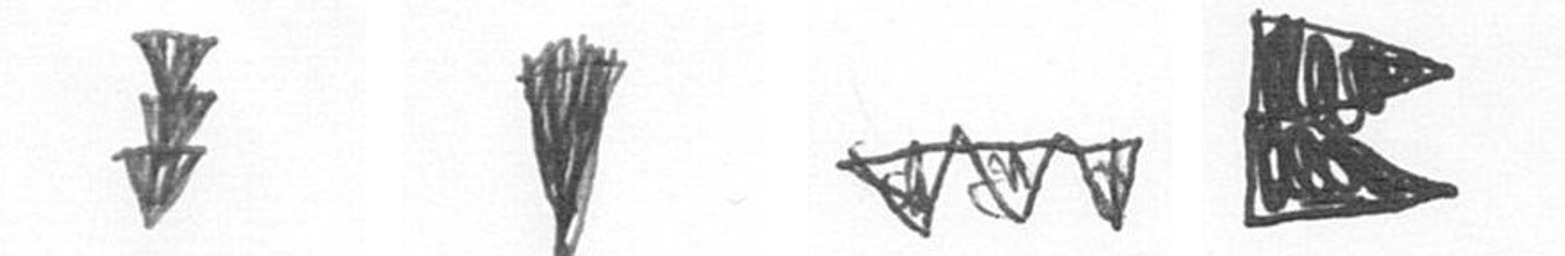
E J L P